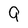
Character: 9